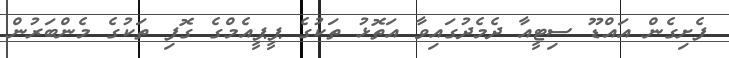
ފެށިގެން އައްޑޫ ސިޓީއާ ދެމެދުގައިވާ އަތޮޅު ތަކުގެ ޕީޕީއެމްގެ ގޮފި ތަކުގެ މެންބަރުން